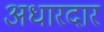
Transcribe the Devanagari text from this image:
अधारदार